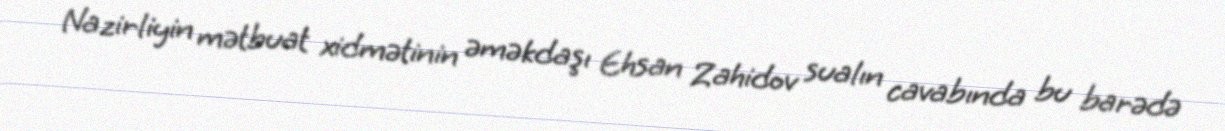
Nazirliyin mətbuat xidmətinin əməkdaşı Ehsan Zahidov sualın cavabında bu barədə